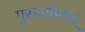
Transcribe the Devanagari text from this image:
गुरुतर्पणात्